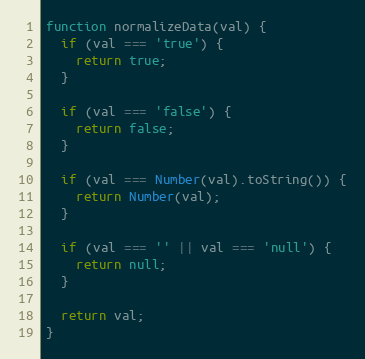
Language: JavaScript
function normalizeData(val) {
  if (val === 'true') {
    return true;
  }

  if (val === 'false') {
    return false;
  }

  if (val === Number(val).toString()) {
    return Number(val);
  }

  if (val === '' || val === 'null') {
    return null;
  }

  return val;
}